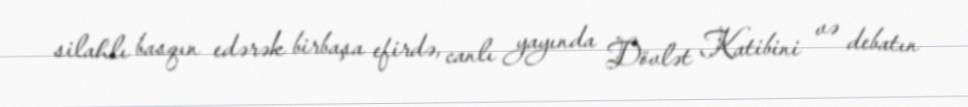
silahlı basqın edərək birbaşa efirdə, canlı yayında Dövlət Katibini və debatın